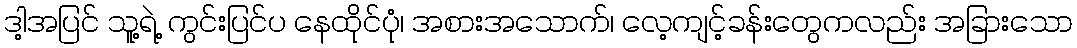
ဒါ့အပြင် သူ့ရဲ့ ကွင်းပြင်ပ နေထိုင်ပုံ၊ အစားအသောက်၊ လေ့ကျင့်ခန်းတွေကလည်း အခြားသော